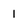
Character: 1